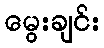
မွေးချင်း